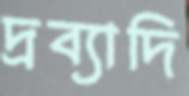
দ্রব্যাদি